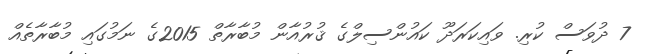
7 ދުވަސް ކުރި. ވައިކަރަދޫ ކައުންސިލްގެ ޤުރުއާން މުބާރާތް 2015ގެ ނަމުގައި މުބާރާތެއް